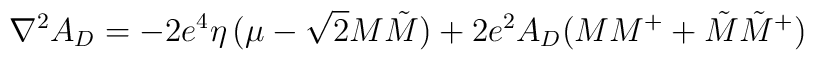
\nabla^2 A_{D}= - 2 e^4 \eta \, (\mu -\sqrt{2} M \tilde{M}) + 2e^2 A_{D}  (M M^+ + \tilde{M} \tilde{M}^+)